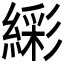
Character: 𬗹